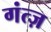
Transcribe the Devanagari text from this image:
गंत्ज़